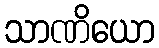
သာဏိယော